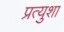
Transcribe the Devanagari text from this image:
प्रत्युशा